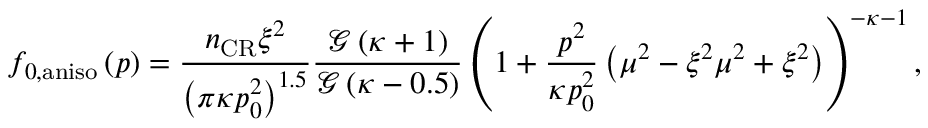
f _ { 0 , \mathrm { a n i s o } } \left( \boldsymbol { p } \right) = \frac { n _ { \mathrm { C R } } \xi ^ { 2 } } { \left( \pi \kappa p _ { 0 } ^ { 2 } \right) ^ { 1 . 5 } } \frac { \mathcal { G } \left( \kappa + 1 \right) } { \mathcal { G } \left( \kappa - 0 . 5 \right) } \left( 1 + \frac { p ^ { 2 } } { \kappa p _ { 0 } ^ { 2 } } \left( \mu ^ { 2 } - \xi ^ { 2 } \mu ^ { 2 } + \xi ^ { 2 } \right) \right) ^ { - \kappa - 1 } ,